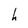
Character: h